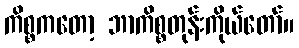
ကိစ္စကတော့ ဘာကိစ္စတုန်းကိုယ်တော်။